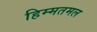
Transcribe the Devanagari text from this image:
हिम्मतमल